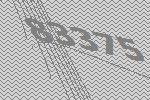
83375